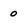
Character: 0